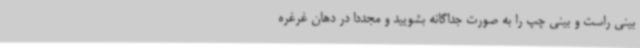
بینی راست و بینی چپ را به صورت جداگانه بشویید و مجددا در دهان غرغره